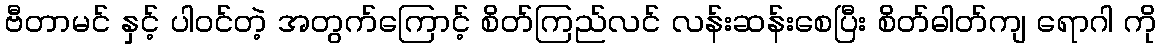
ဗီတာမင် နှင့် ပါဝင်တဲ့ အတွက်ကြောင့် စိတ်ကြည်လင် လန်းဆန်းစေပြီး စိတ်ဓါတ်ကျ ရောဂါ ကို